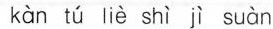
kàn tú liè shì ì suàn